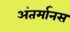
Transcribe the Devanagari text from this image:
अंतर्मानस